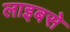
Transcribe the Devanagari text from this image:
लाइबसे